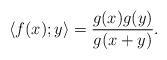
LaTeX: \begin{align*}\langle f(x);y\rangle={g(x)g(y)\over g(x+y)}.\end{align*}